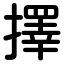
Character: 擇